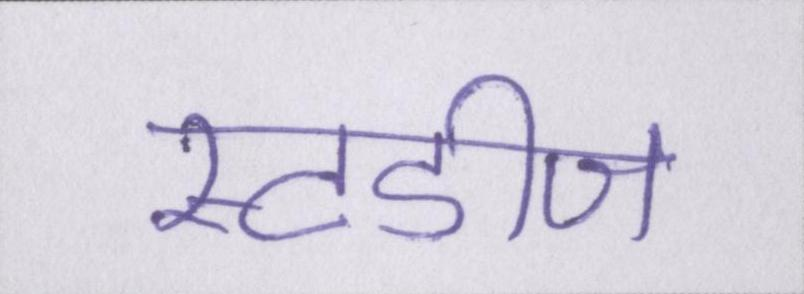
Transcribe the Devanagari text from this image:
स्टडीज